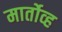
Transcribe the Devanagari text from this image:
मार्तोव्ह